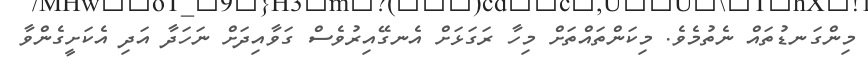
މިންގަނޑުތައް ނެތުމެވެ. މިކަންތައްތަށް މިހާ ރަގަޅަށް އެނގޭއިރުވެސް ގަވާއިދަށް ނަހަދާ އަދި އެކަށީގެންވާ